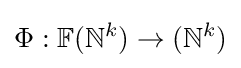
\Phi :\mathbb {F} (\mathbb {N} ^{k})\rightarrow (\mathbb {N} ^{k})